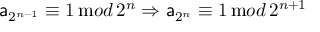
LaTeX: { \sf a } _ { 2 ^ { n - 1 } } \equiv 1 \, { \mathrm m o d } \, 2 ^ { n } \Rightarrow { \sf a } _ { 2 ^ { n } } \equiv 1 \, { \mathrm m o d } \, 2 ^ { n + 1 }